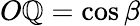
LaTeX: O\mathbb{Q}=\cos\beta